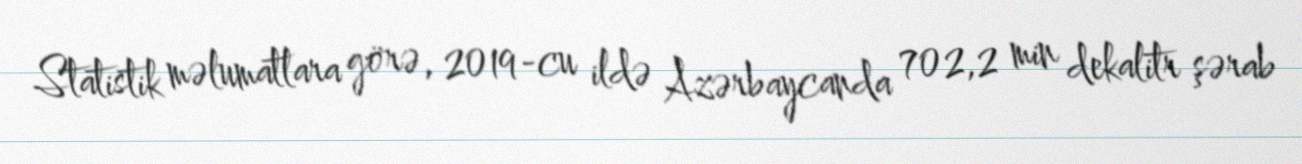
Statistik məlumatlara görə, 2019-cu ildə Azərbaycanda 702,2 min dekalitr şərab